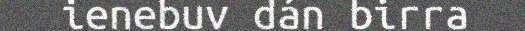
ienebuv dán birra